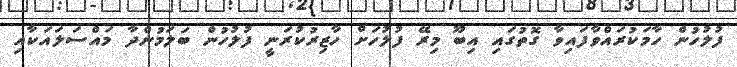
ފުލުހުން ހާމަކުރައްވާފައިވާ ގޮތުގައި އިބޫ މިރޭ ފުލުހަށް ހާޒިރުކުރަނީ ފުލުހުން ބަލަމުންދާ މައްސަލައަކާއި